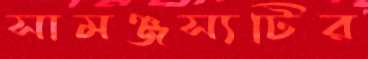
সামঞ্জস্যটির